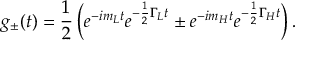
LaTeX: g _ { \pm } ( t ) = \frac { 1 } { 2 } \left( e ^ { - i m _ { L } t } e ^ { - \frac 1 { 2 } \Gamma _ { L } t } \pm e ^ { - i m _ { H } t } e ^ { - \frac 1 { 2 } \Gamma _ { H } t } \right) .